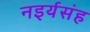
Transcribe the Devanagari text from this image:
नइर्यसंह